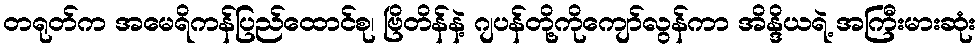
တရုတ်က အမေရိကန်ပြည်ထောင်စု၊ ဗြိတိန်နဲ့ ဂျပန်တို့ကိုကျော်လွန်ကာ အိန္ဒိယရဲ့ အကြီးမားဆုံး